Leaving Certificate, 1932
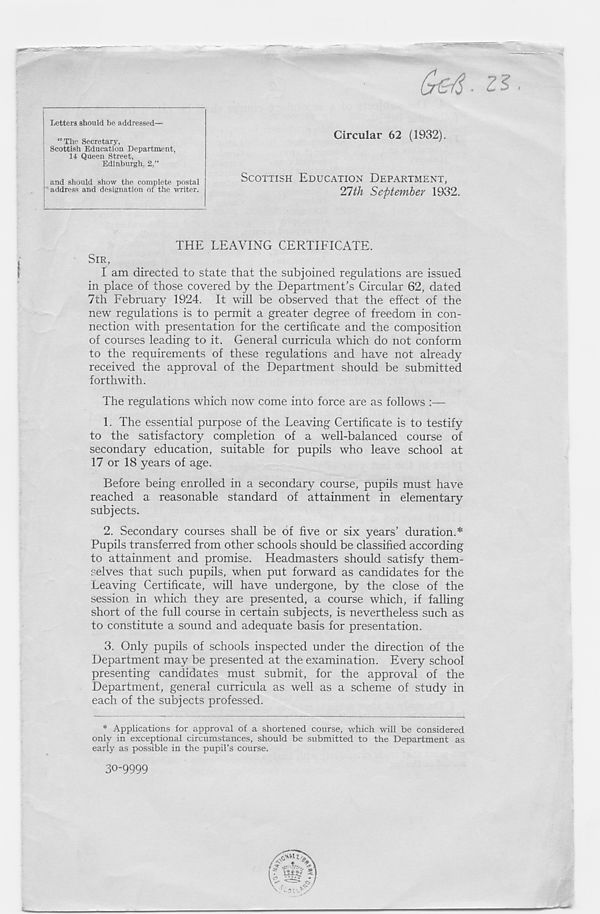
(k4-
Circular 62 (1932).
SCOTTISH EDUCATION DEPARTMENT,
21th September 1932.
THE LEAVING CERTIFICATE.
SIR,
I am directed to state that the subjoined regulations are issued
in place of those covered by the Department’s Circular 62, dated
7th February 1924. It will be observed that the effect of the
new regulations is to permit a greater degree of freedom in con-
nection with presentation for the certificate and the composition
of courses leading to it. General curricula which do not conform
to the requirements of these regulations and have not already
received the approval of the Department should be submitted
forthwith.
The regulations which now come into force are as follows :—
1. The essential purpose of the Leaving Certificate is to testify
to the satisfactory completion of a well-balanced course of
secondary education, suitable for pupils who leave school at
17 or 18 years of age.
Before being enrolled in a secondary course, pupils must have
reached a reasonable standard of attainment in elementary
subjects.
2. Secondary courses shall be of five or six years’ duration.*
Pupils transferred from other schools should be classified according
to attainment and promise. Headmasters should satisfy them-
selves that such pupils, when put forward as candidates for the
Leaving Certificate, will have undergone, by the close of the
session in which they are presented, a course which, if falling
short of the full course in certain subjects, is nevertheless such as
to constitute a sound and adequate basis for presentation.
3. Only pupils of schools inspected under the direction of the
Department may be presented at the examination. Every school
presenting candidates must submit, for the approval of the
Department, general curricula as well as a scheme of study in
each of the subjects professed.
Letters should be addressed—
“The Secretary,
Scottish Education Department,
14 Queen Street,
Edinburgh. 2,”
and should show the complete postal
address and designation of the writer.
* Applications for approval of a shortened course, which will be considered
only in exceptional circumstances, should be submitted to the Department as
early as possible in the pupil’s course.
30-9999